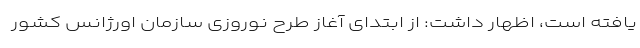
یافته است، اظهار داشت: از ابتدای آغاز طرح نوروزی سازمان اورژانس کشور